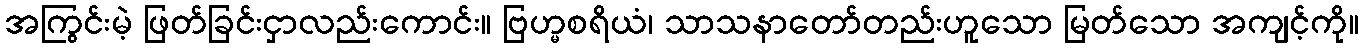
အကြွင်းမဲ့ ဖြတ်ခြင်းငှာလည်းကောင်း။ ဗြဟ္မစရိယံ၊ သာသနာတော်တည်းဟူသော မြတ်သော အကျင့်ကို။